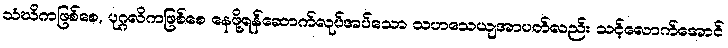
သံဃိကဖြစ်စေ, ပုဂ္ဂလိကဖြစ်စေ နေဖို့ရန်ဆောက်လုပ်အပ်သော သဟသေယျအာပတ်လည်း သင့်လောက်အောင်